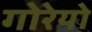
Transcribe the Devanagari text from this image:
गोरेयो